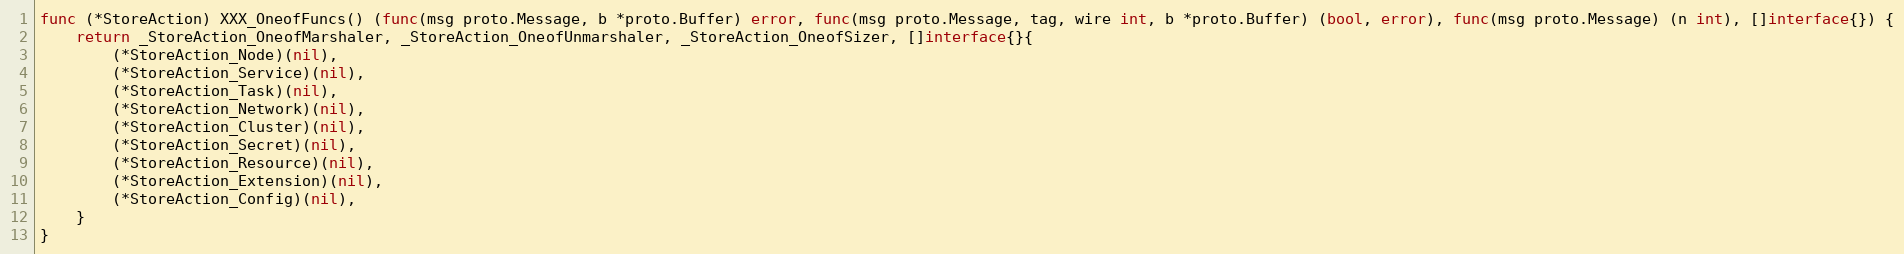
Language: Go
func (*StoreAction) XXX_OneofFuncs() (func(msg proto.Message, b *proto.Buffer) error, func(msg proto.Message, tag, wire int, b *proto.Buffer) (bool, error), func(msg proto.Message) (n int), []interface{}) {
	return _StoreAction_OneofMarshaler, _StoreAction_OneofUnmarshaler, _StoreAction_OneofSizer, []interface{}{
		(*StoreAction_Node)(nil),
		(*StoreAction_Service)(nil),
		(*StoreAction_Task)(nil),
		(*StoreAction_Network)(nil),
		(*StoreAction_Cluster)(nil),
		(*StoreAction_Secret)(nil),
		(*StoreAction_Resource)(nil),
		(*StoreAction_Extension)(nil),
		(*StoreAction_Config)(nil),
	}
}